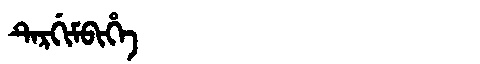
Manchu: ᡨᡝᡵᡤᡳᠮᠪᡳᡥᡝ
Romanization: TERGIMBIHE